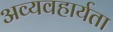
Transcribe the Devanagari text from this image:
अव्यवहार्यता